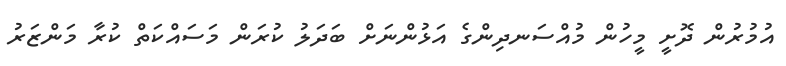
އުމުރުން ދޮށީ މީހުން މުއްސަނދިންގެ އަޅުންނަށް ބަދަލު ކުރަން މަސައްކަތް ކުރާ މަންޒަރު